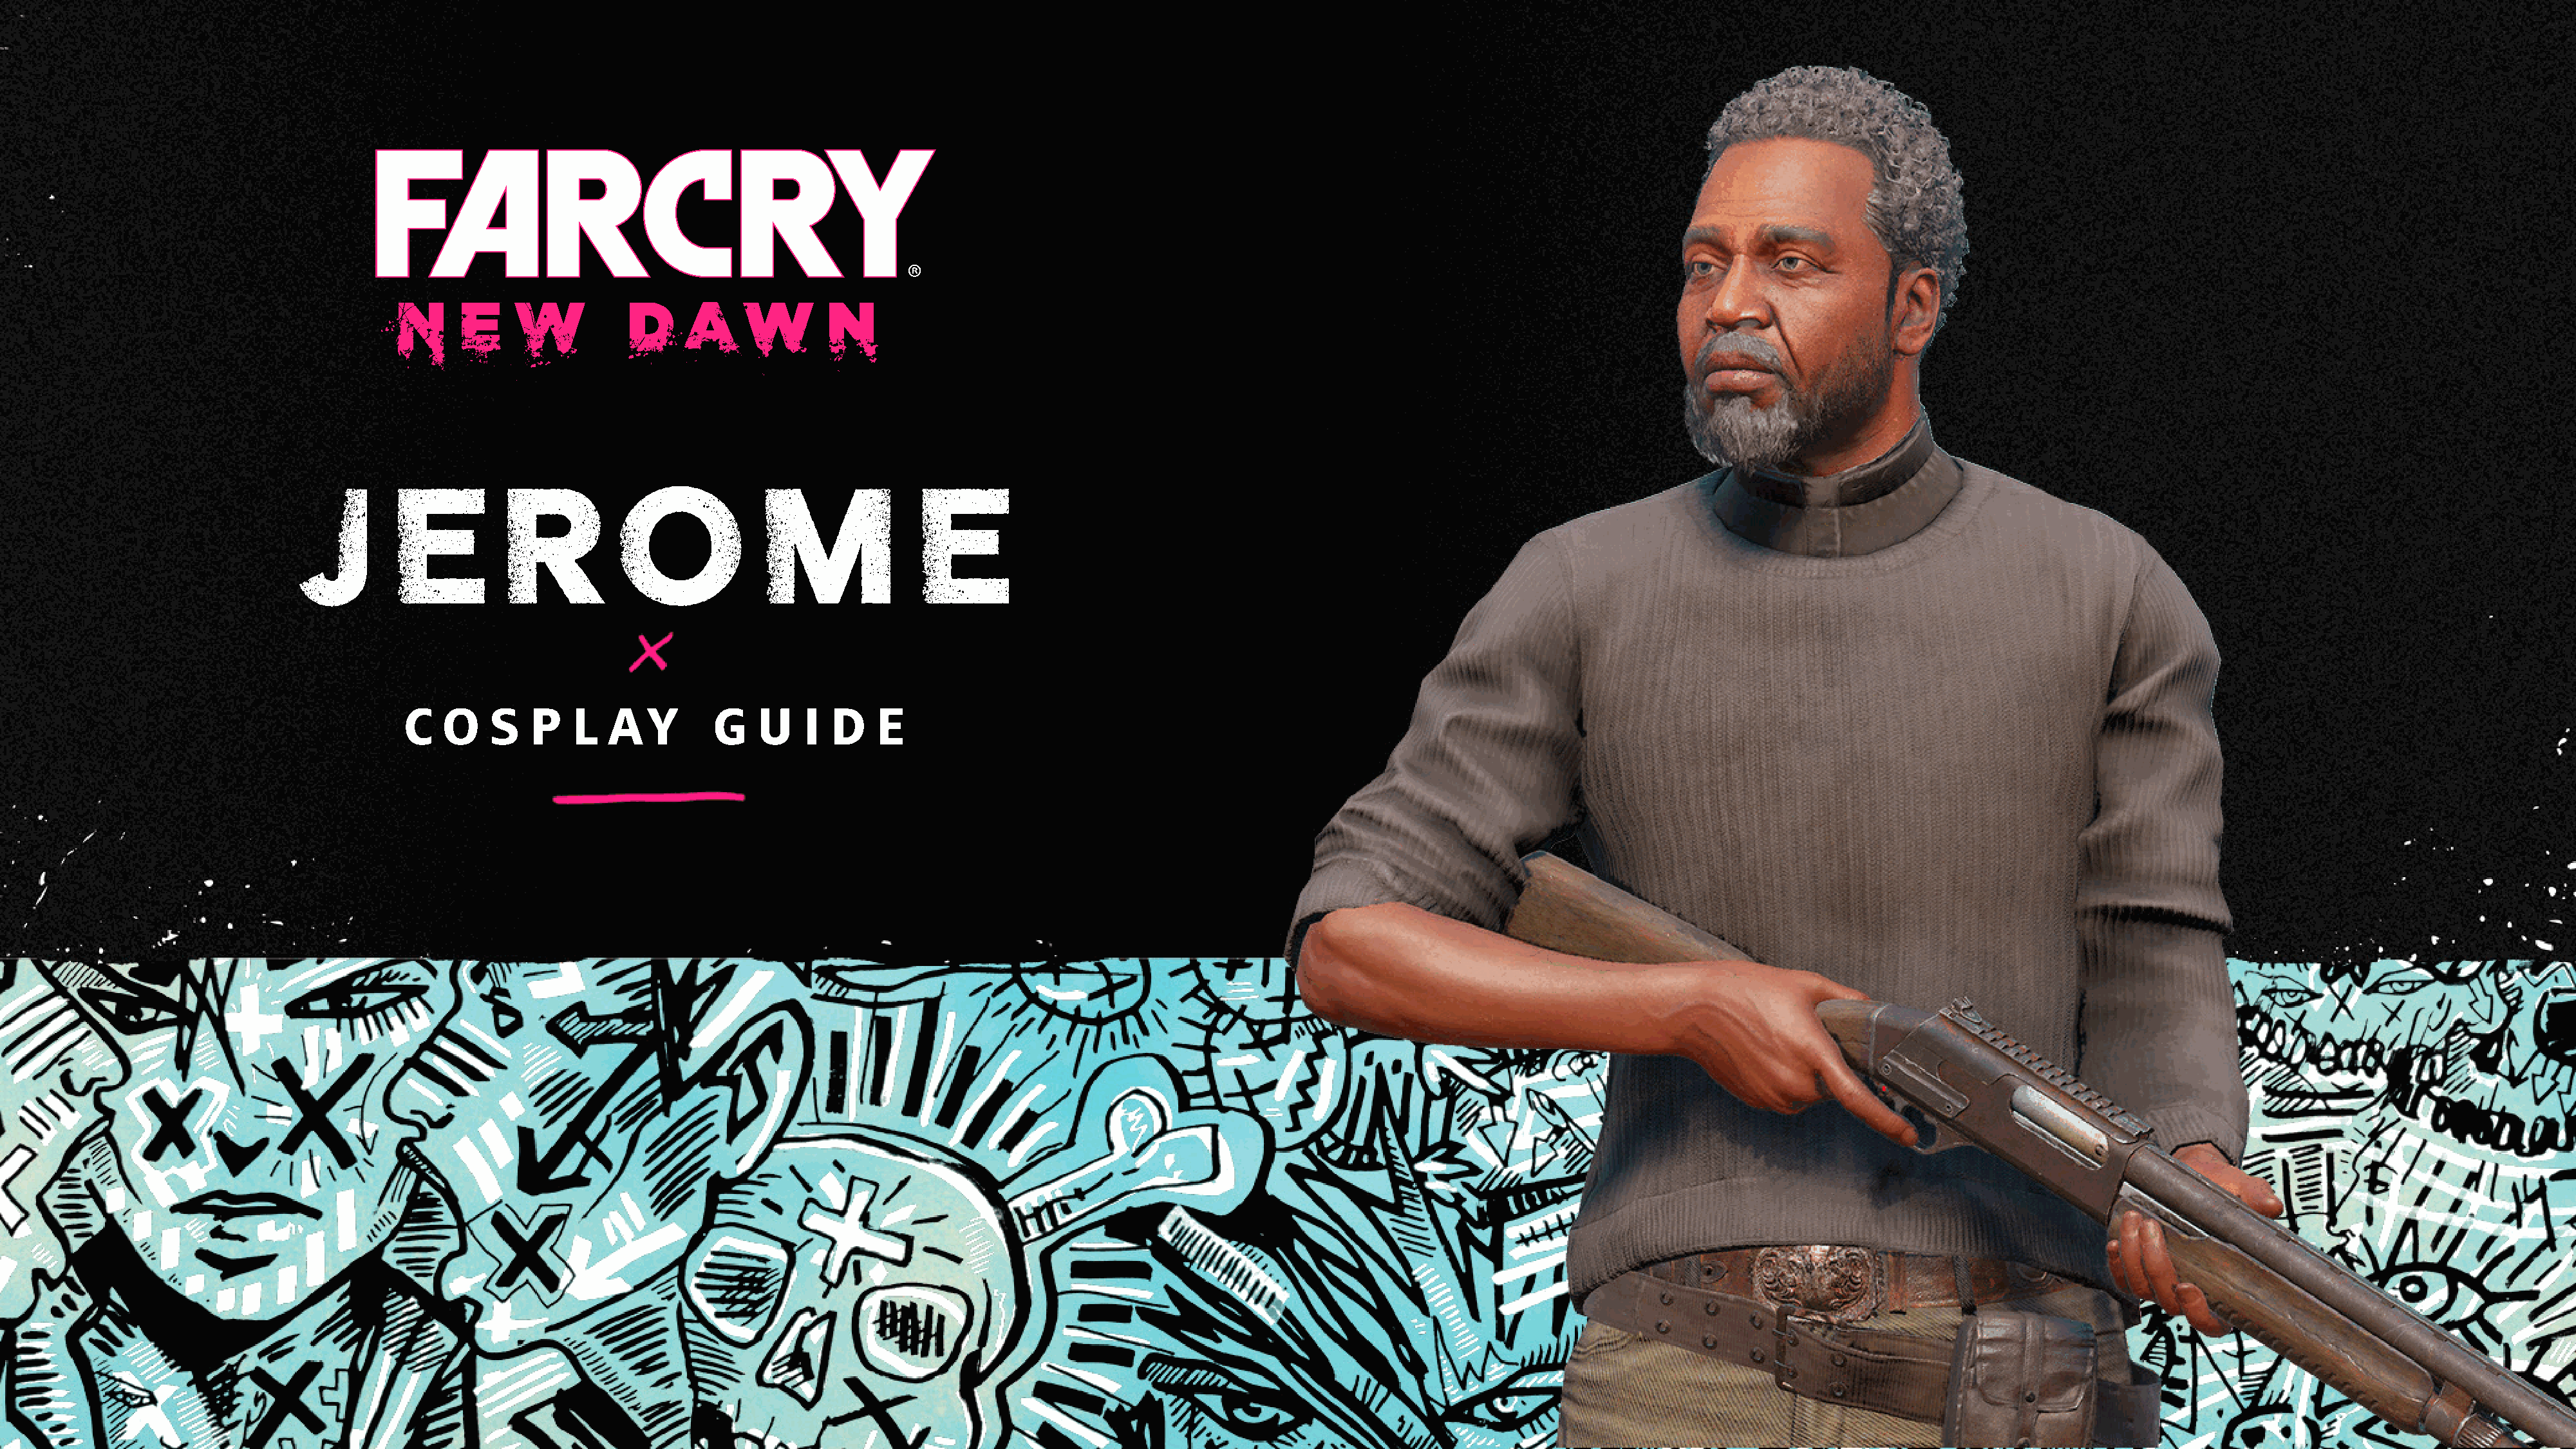
JE                  ROME
 C  O    S   P    L   A   Y     G    U    I D    E